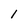
Character: 1